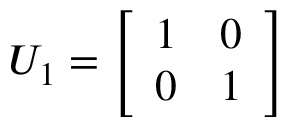
U _ { 1 } = { \left[ \begin{array} { l l } { 1 } & { 0 } \\ { 0 } & { 1 } \end{array} \right] }